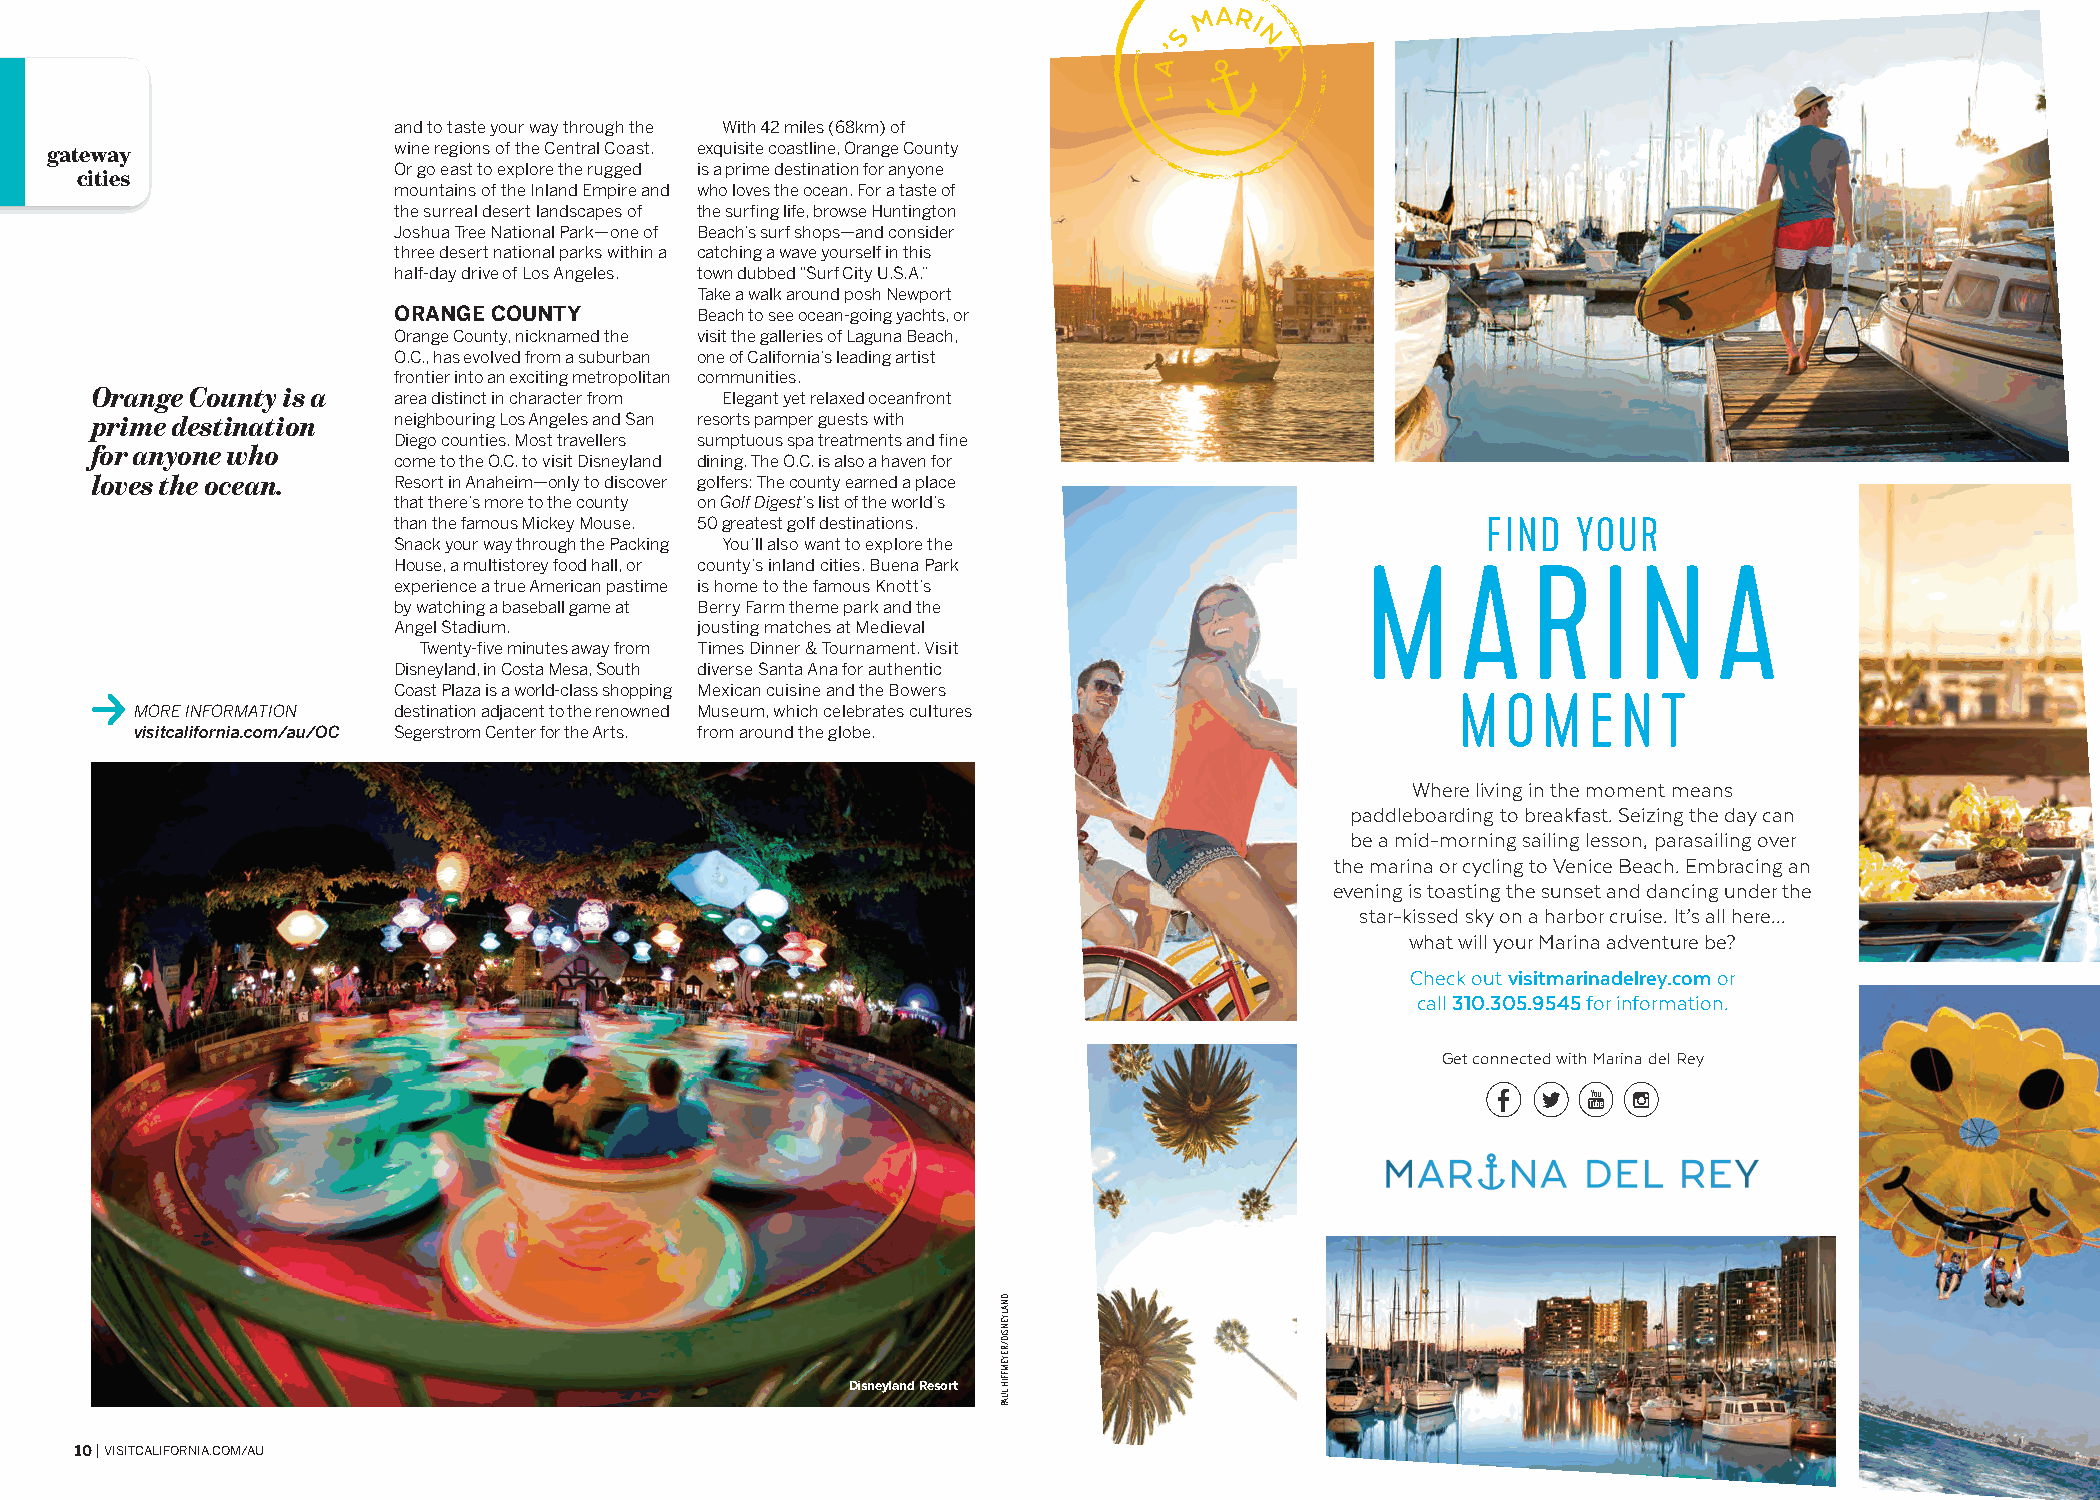
and to taste your way through the With 42 miles (68km) of
 gateway                wine regions of the Central Coast. exquisite coastline, Orange County
 cities               Or go east to explore the rugged is a prime destination for anyone
 mountains of the Inland Empire and who loves the ocean. For a taste of
 the surreal desert landscapes of the surfing life, browse Huntington
 Joshua Tree National Park—one of Beach’s surf shops—and consider
 three desert national parks within a catching a wave yourself in this
 half-day drive of Los Angeles. town dubbed “Surf City U.S.A.”
 Take a walk around posh Newport
 ORANGE COUNTY       Beach to see ocean-going yachts, or
 Orange County, nicknamed the visit the galleries of Laguna Beach,
 O.C., has evolved from a suburban one of California’s leading artist
 frontier into an exciting metropolitan communities.
 Orange County is a
 area distinct in character from Elegant yet relaxed oceanfront
 prime destination   neighbouring Los Angeles and San resorts pamper guests with
 Diego counties. Most travellers sumptuous spa treatments and fine
 for anyone who
 come to the O.C. to visit Disneyland dining. The O.C. is also a haven for
 loves the ocean.    Resort in Anaheim—only to discover golfers: The county earned a place
 that there’s more to the county on Golf Digest’s list of the world’s
 than the famous Mickey Mouse. 50 greatest golf destinations.            FIND  YOUR
 Snack your way through the Packing You’ll also want to explore the
 House, a multistorey food hall, or county’s inland cities. Buena Park
 M      A   R    I N     A
 experience a true American pastime is home to the famous Knott’s
 by watching a baseball game at Berry Farm theme park and the
 Angel Stadium.      jousting matches at Medieval
 Twenty-five minutes away from Times Dinner & Tournament. Visit
 Disneyland, in Costa Mesa, South diverse Santa Ana for authentic
 Coast Plaza is a world-class shopping Mexican cuisine and the Bowers
 M  O M  E N  T
 MORE INFORMATION destination adjacent to the renowned Museum, which celebrates cultures
 visitcalifornia.com/au/OC Segerstrom Center for the Arts. from around the globe.
 Where living in the moment means
 paddleboarding to breakfast. Seizing the day can
 be a mid-morning sailing lesson, parasailing over
 the marina or cycling to Venice Beach. Embracing an
 evening is toasting the sunset and dancing under the
 star-kissed sky on a harbor cruise. It’s all here...
 what will your Marina adventure be?
 Check out visitmarinadelrey.com or
 call 310.305.9545 for information.
 Get connected with Marina del Rey
 Disneyland Resort
 10 | VISITCALIFORNIA.COM/AU
 DNALYENSID/REYEMFFIH
 LUAP